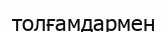
толғамдармен